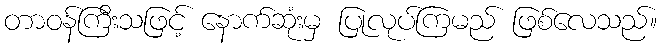
တာဝန်ကြီးသဖြင့် နောက်ဆုံးမှ ပြုလုပ်ကြမည် ဖြစ်လေသည်။